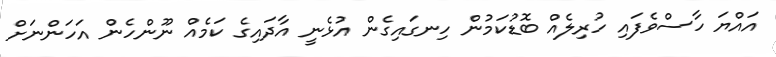
އައްޔަ ހާސްވެފައި ހުރިލެއް ބޮޑުކަމުން ހިނގައިގެން އުޅެނީ އާދައިގެ ކަމެއް ނޫންހެން އަހަންނަށް